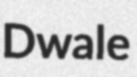
Dwale